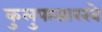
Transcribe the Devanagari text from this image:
कुलुपासारखे